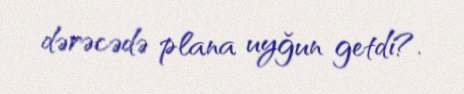
dərəcədə plana uyğun getdi?.